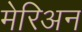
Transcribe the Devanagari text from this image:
मेरिअन